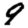
Digit: 9